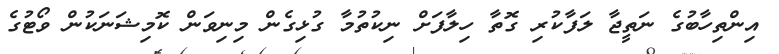
އިންތިހާބުގެ ނަތީޖާ ލަފާކުރި ގޮތާ ހިލާފަށް ނިކުތުމާ ގުޅިގެން މިނިވަން ކޮމިޝަނަކުން ވޯޓުގެ